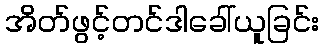
အိတ်ဖွင့်တင်ဒါခေါ်ယူခြင်း